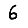
Digit: 6